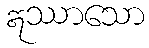
ဣဿာသော